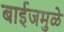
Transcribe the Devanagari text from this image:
बाईजमुळे